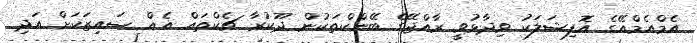
އެމްއެމްއޭގެ އޮފިޝަލަކު ވިދާޅުވީ ރާއްޖޭގެ ބޭންކްތަކުން ދޫކުރާ ޗެކްތައް އެއް ސައިޒަކަށް އަދި